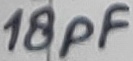
Text: 18pF